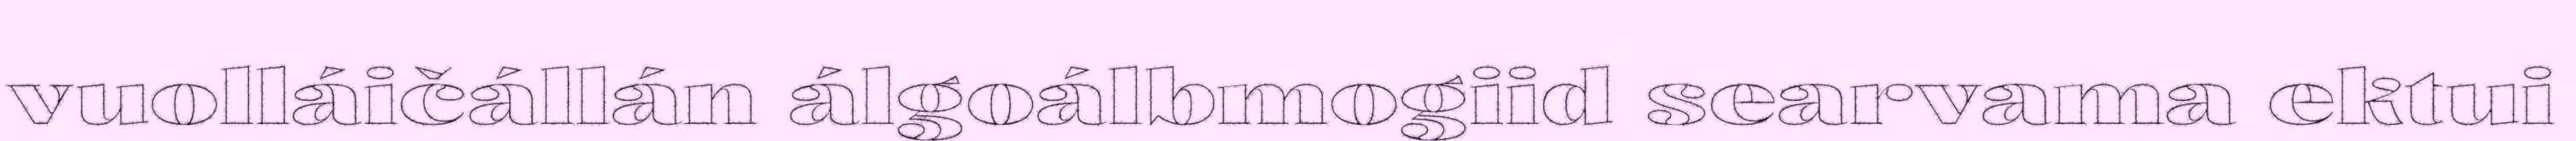
vuolláičállán álgoálbmogiid searvama ektui